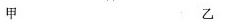
甲 乙